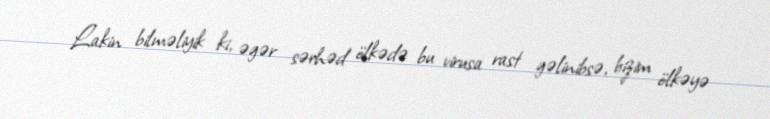
Lakin bilməliyik ki, əgər sərhəd ölkədə bu virusa rast gəlinibsə, bizim ölkəyə